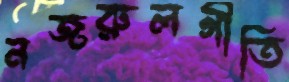
নজরুলগীতি